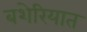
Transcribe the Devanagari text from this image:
बशेरियात